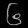
Digit: ၆